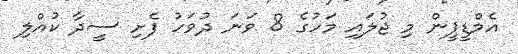
އެމްޑީޕީން މި ޖުލައި މަހުގެ 8 ވަނަ ދުވަހު ފެށި ސީދާ ކުއްލި